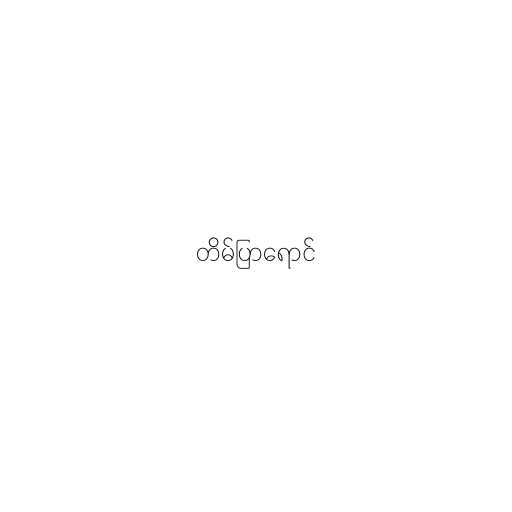
တိမ်ပြာရောင်